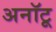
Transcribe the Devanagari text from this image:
अनॉटू